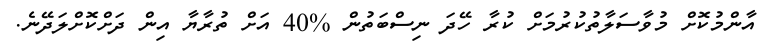
އާންމުކޮށް މުވާސަލާތުކުރުމަށް ކުރާ ހޭދަ ނިސްބަތުން %40 އަށް ތުރާޔާ އިން ދަށްކޮށްލަދޭނެ.